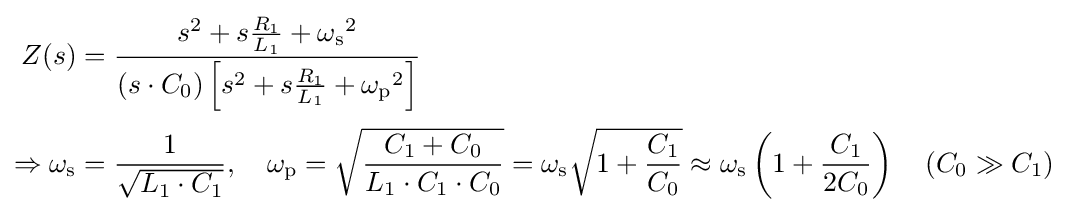
{\begin{aligned}Z(s)&={\frac {s^{2}+s{\frac {R_{1}}{L_{1}}}+{\omega _{\mathrm {s} }}^{2}}{\left(s\cdot C_{0}\right)\left[s^{2}+s{\frac {R_{1}}{L_{1}}}+{\omega _{\mathrm {p} }}^{2}\right]}}\\[2pt]\Rightarrow \omega _{\mathrm {s} }&={\frac {1}{\sqrt {L_{1}\cdot C_{1}}}},\quad \omega _{\mathrm {p} }={\sqrt {\frac {C_{1}+C_{0}}{L_{1}\cdot C_{1}\cdot C_{0}}}}=\omega _{\mathrm {s} }{\sqrt {1+{\frac {C_{1}}{C_{0}}}}}\approx \omega _{\mathrm {s} }\left(1+{\frac {C_{1}}{2C_{0}}}\right)\quad \left(C_{0}\gg C_{1}\right)\end{aligned}}